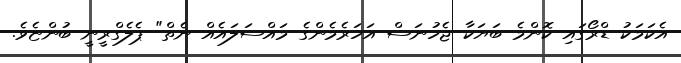
އެކަމަކު ޑްރޯގައި ކޮންމެ ބަޔަކާ ޖެހުނަސް އަހަރެމެންގެ މައްސަލައެއް ނެތް" ޕެލެގްރީނީ ބުންޏެވެ.